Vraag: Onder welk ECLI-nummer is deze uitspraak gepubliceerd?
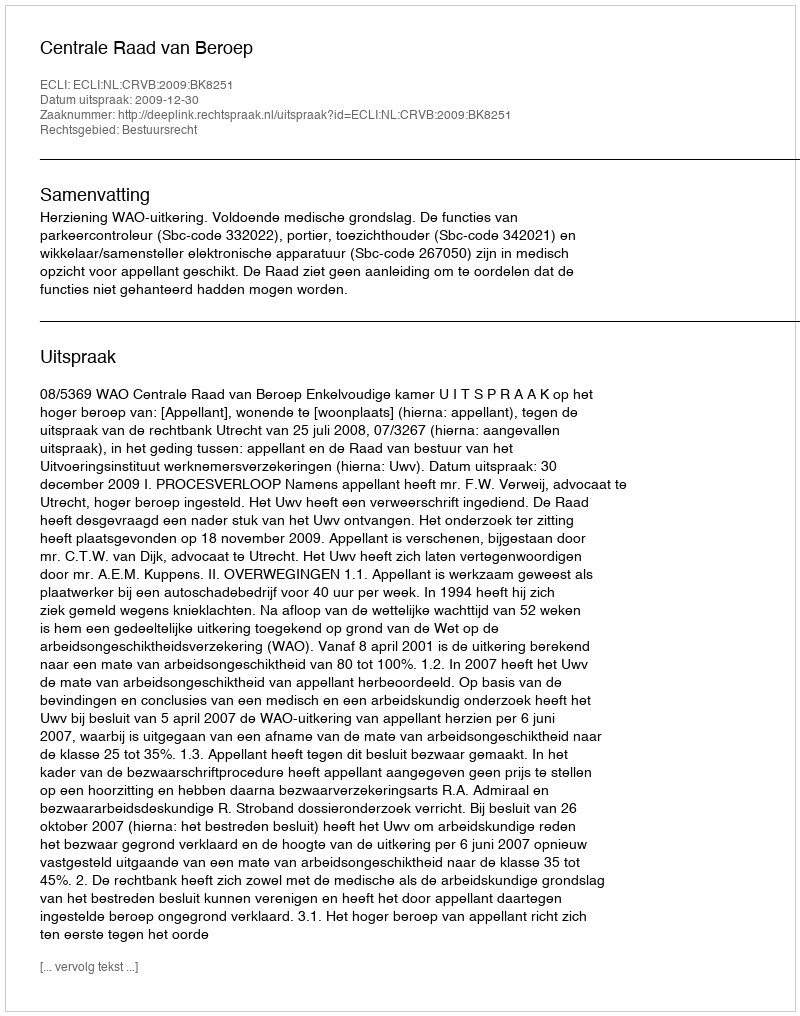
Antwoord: ECLI:NL:CRVB:2009:BK8251